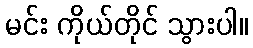
မင်း ကိုယ်တိုင် သွားပါ။